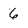
Character: 6